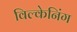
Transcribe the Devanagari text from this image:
विल्केनिंग